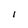
Character: I